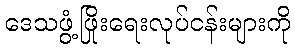
ဒေသဖွံ့ဖြိုးရေးလုပ်ငန်းများကို